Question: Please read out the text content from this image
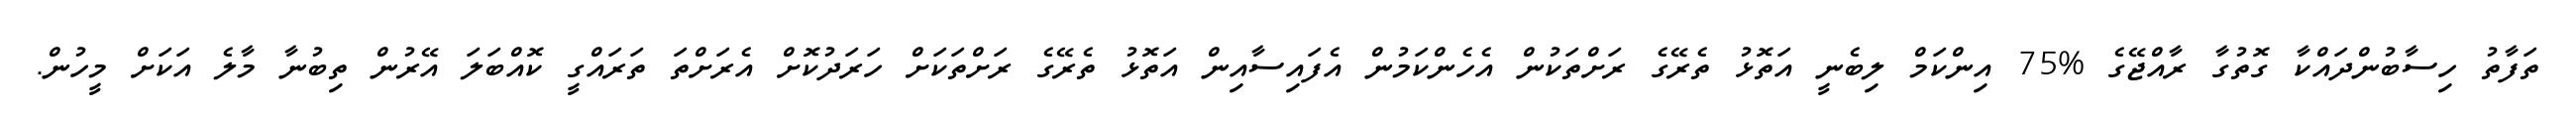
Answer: ތަފާތު ހިސާބުންދައްކާ ގޮތުގާ ރާއްޖޭގެ %75 އިންކަމް ލިބެނީ އަތޮޅު ތެރޭގެ ރަށްތަކުން އެހެންކަމުން އެފައިސާއިން އަތޮޅު ތެރޭގެ ރަށްތަކަށް ހަރަދުކޮށް އެރަށްތަ ތަރައްގީ ކޮއްބަލަ އޭރުން ތިބުނާ މާލެ އަކަށް މީހުން.